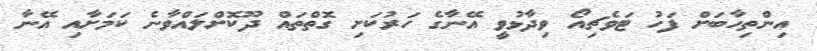
އިންތިހާބަށް ފަހު ޓަވެޗިއޯ ވިދާޅުވީ އޭނާގެ ހަރުކަށި ގޮތްތައް ދޫކޮށްލައްވާނެ ކަމަށާއި އޭނާ